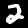
Label: 2